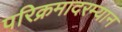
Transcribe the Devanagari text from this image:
परिक्रमादरम्यान